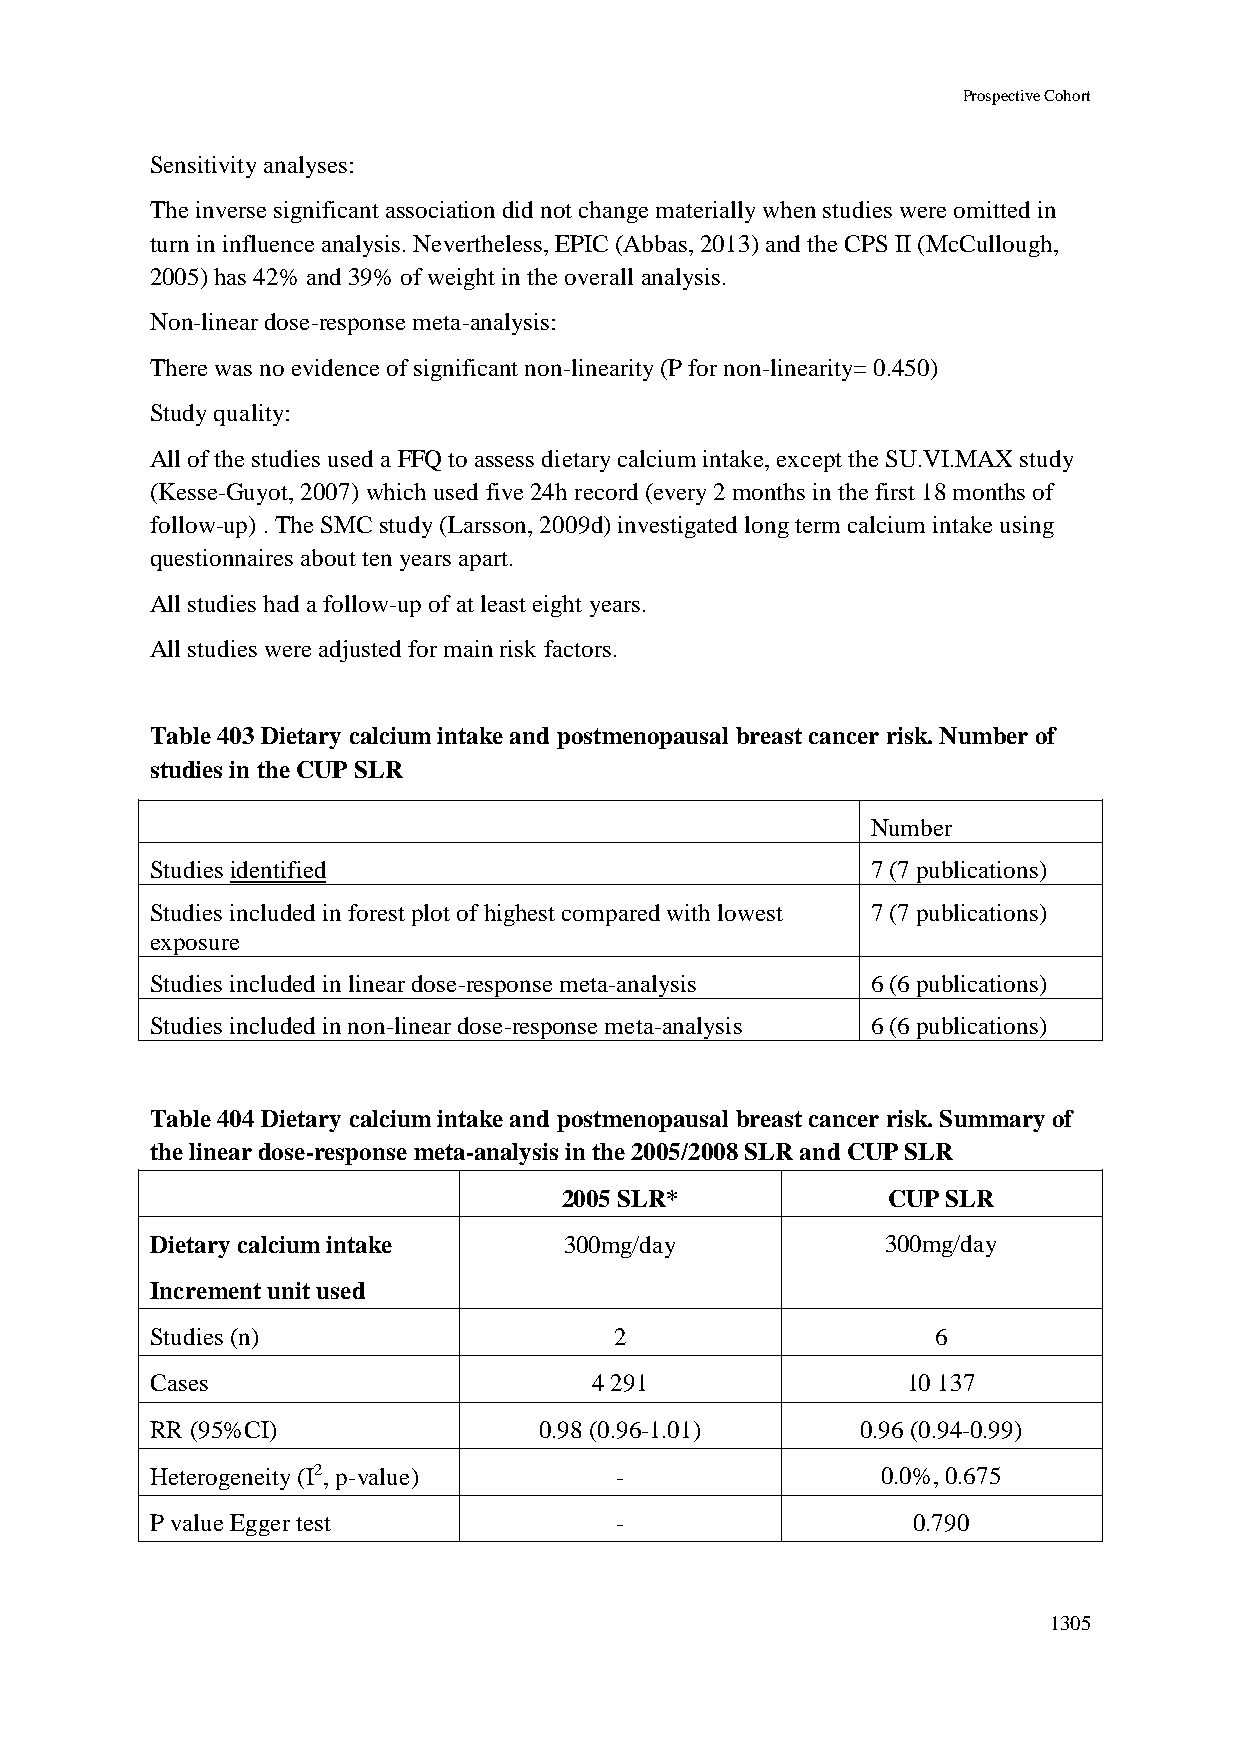
Prospective Cohort
 Sensitivity analyses:
 The inverse significant association did not change materially when studies were omitted in
 turn in influence analysis. Nevertheless, EPIC (Abbas, 2013) and the CPS II (McCullough,
 2005) has 42% and 39% of weight in the overall analysis.
 Non-linear dose-response meta-analysis:
 There was no evidence of significant non-linearity (P for non-linearity= 0.450)
 Study quality:
 All of the studies used a FFQ to assess dietary calcium intake, except the SU.VI.MAX study
 (Kesse-Guyot, 2007) which used five 24h record (every 2 months in the first 18 months of
 follow-up) . The SMC study (Larsson, 2009d) investigated long term calcium intake using
 questionnaires about ten years apart.
 All studies had a follow-up of at least eight years.
 All studies were adjusted for main risk factors.
 Table 403 Dietary calcium intake and postmenopausal breast cancer risk. Number of
 studies in the CUP SLR
 Number
 Studies identified                              7 (7 publications)
 Studies included in forest plot of highest compared with lowest 7 (7 publications)
 exposure
 Studies included in linear dose-response meta-analysis 6 (6 publications)
 Studies included in non-linear dose-response meta-analysis 6 (6 publications)
 Table 404 Dietary calcium intake and postmenopausal breast cancer risk. Summary of
 the linear dose-response meta-analysis in the 2005/2008 SLR and CUP SLR
 2005 SLR*             CUP SLR
 Dietary calcium intake     300mg/day             300mg/day
 Increment unit used
 Studies (n)                    2                    6
 Cases                        4 291                10 137
 RR (95%CI)                0.98 (0.96-1.01)     0.96 (0.94-0.99)
 Heterogeneity (I2, p-value)    -                0.0%, 0.675
 P value Egger test             -                  0.790
 1305